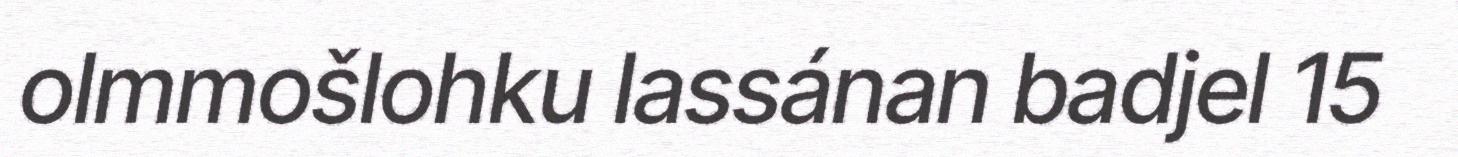
olmmošlohku lassánan badjel 15